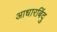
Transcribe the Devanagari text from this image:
आधारबिंदु